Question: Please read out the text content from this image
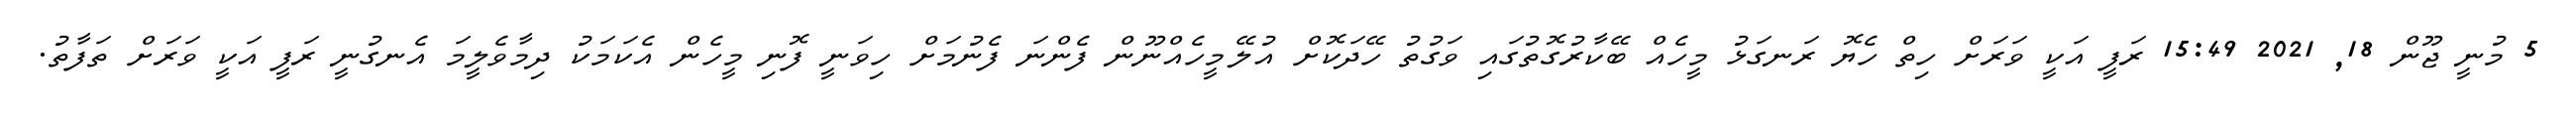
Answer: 5 މުނީ ޖޫން 18, 2021 15:49 ރަފީ އަކީ ވަރަށް ހިތް ހެޔޮ ރަނގަޅު މީހެއް ބޭކާރުގޮތުގައި ވަގުތު ހޭދަކޮށް އުލޭމީހެއްނޫން ފެންނަ ފެނުމަށް ހިވަނީ ފޮނި މީހެން އެކަމަކު ދިމާވެލީމަ އެނގުނީ ރަފީ އަކީ ވަރަށް ތަފާތު.